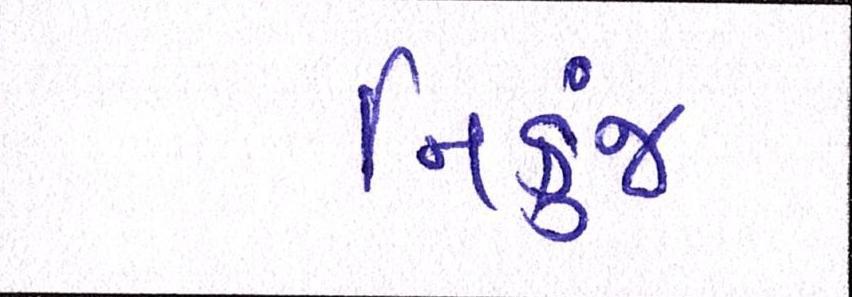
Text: નિકુંજ